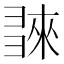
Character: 𢑬